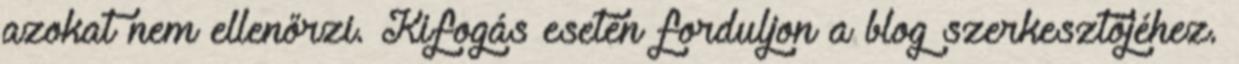
azokat nem ellenőrzi. Kifogás esetén forduljon a blog szerkesztőjéhez.